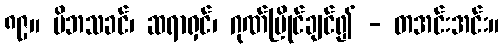
၈၉။ မိဘသခင်၊ ဆရာရှင်၊ ဂုဏ်ပြိုင်ချင်၍ - တအင်းအင်း။